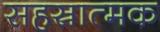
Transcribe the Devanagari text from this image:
सहस्रात्मक